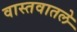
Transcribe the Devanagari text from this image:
वास्तवातले